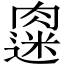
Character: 𫆭